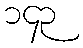
၁၄၃